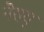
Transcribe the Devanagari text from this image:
नैसयू